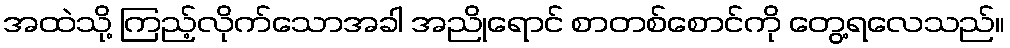
အထဲသို့ ကြည့်လိုက်သောအခါ အညိုရောင် စာတစ်စောင်ကို တွေ့ရလေသည်။